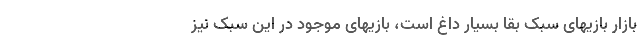
بازار بازیهای سبک بقا بسیار داغ است، بازیهای موجود در این سبک نیز